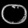
Digit: ၀